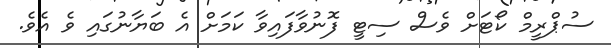
ސުޕްރީމް ކޯޓަށް ވެސް ސިޓީ ފޮނުވާފައިވާ ކަމަށް އެ ބަޔާނުގައި ވެ އެވެ.